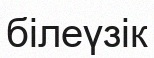
білеүзік